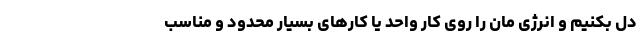
دل بکَنیم و انرژی مان را روی کار واحد یا کارهای بسیار محدود و مناسب